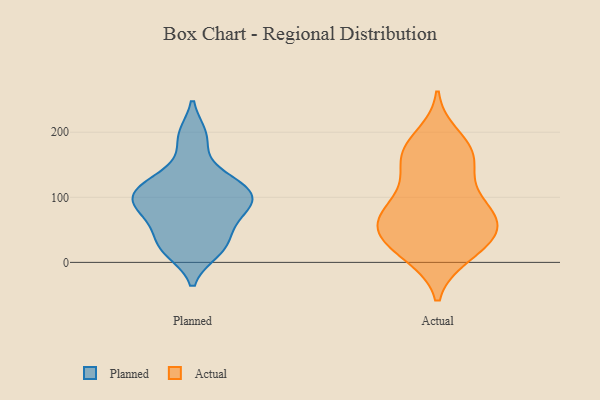
{"axis": {"x": "LTV (USD)", "y": "Value"}, "legend": ["Actual", "Planned"], "data": [{"x": "", "y": 115, "type": "Planned"}, {"x": "", "y": 192, "type": "Planned"}, {"x": "", "y": 74, "type": "Planned"}, {"x": "", "y": 54, "type": "Planned"}, {"x": "", "y": 69, "type": "Planned"}, {"x": "", "y": 88, "type": "Planned"}, {"x": "", "y": 126, "type": "Planned"}, {"x": "", "y": 22, "type": "Planned"}, {"x": "", "y": 106, "type": "Planned"}, {"x": "", "y": 136, "type": "Planned"}, {"x": "", "y": 95, "type": "Planned"}, {"x": "", "y": 18, "type": "Planned"}, {"x": "", "y": 30, "type": "Planned"}, {"x": "", "y": 96, "type": "Planned"}, {"x": "", "y": 24, "type": "Planned"}, {"x": "", "y": 194, "type": "Planned"}, {"x": "", "y": 96, "type": "Planned"}, {"x": "", "y": 114, "type": "Planned"}, {"x": "", "y": 56, "type": "Actual"}, {"x": "", "y": 100, "type": "Actual"}, {"x": "", "y": 62, "type": "Actual"}, {"x": "", "y": 70, "type": "Actual"}, {"x": "", "y": 164, "type": "Actual"}, {"x": "", "y": 164, "type": "Actual"}, {"x": "", "y": 11, "type": "Actual"}, {"x": "", "y": 77, "type": "Actual"}, {"x": "", "y": 193, "type": "Actual"}, {"x": "", "y": 49, "type": "Actual"}, {"x": "", "y": 168, "type": "Actual"}, {"x": "", "y": 51, "type": "Actual"}, {"x": "", "y": 32, "type": "Actual"}, {"x": "", "y": 106, "type": "Actual"}, {"x": "", "y": 133, "type": "Actual"}, {"x": "", "y": 66, "type": "Actual"}, {"x": "", "y": 15, "type": "Actual"}, {"x": "", "y": 18, "type": "Actual"}, {"x": "", "y": 169, "type": "Actual"}]}